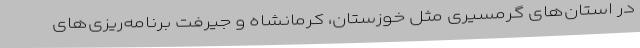
در استان‌های گرمسیری مثل خوزستان، کرمانشاه و جیرفت برنامه‌ریزی‌های